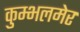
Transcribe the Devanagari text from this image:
कुम्भलमेर